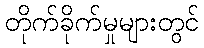
တိုက်ခိုက်မှုများတွင်